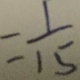
= \frac { 1 } { 1 5 }